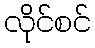
လိုင်စင်